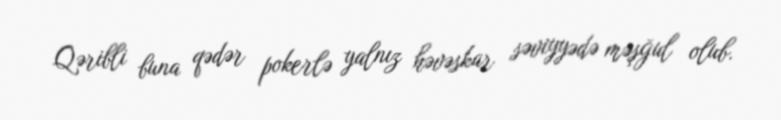
Qəribli buna qədər pokerlə yalnız həvəskar səviyyədə məşğul olub.